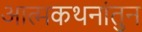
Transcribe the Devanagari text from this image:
आत्मकथनांतुन